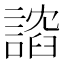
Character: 𫍈